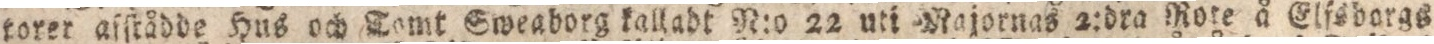
torer afſtådde Hus och Tomt Sweaborg kalladt N:o 22 uti Majornas 2:dra Rote å Elfsborgs